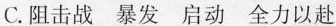
C.阻击战 暴发 启动 全力以赴